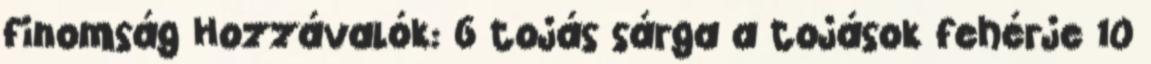
finomság Hozzávalók: 6 tojás sárga a tojások fehérje 10